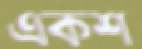
একশ